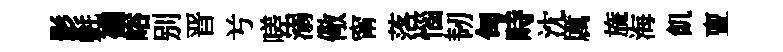
影㲲襜峪别晋𠔃嗟溺儆甯落惱韧甸畤沈厲旒海飢亶